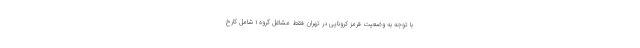
با توجه به وضعیت قرمز کرونایی در تهران فقط مشاغل گروه ۱ شامل کارخ